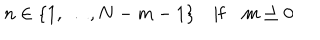
LaTeX: n \in \lbrace 1 , \ldots , N - m - 1 \rbrace \quad \textrm { i f } \quad m \geq 0